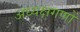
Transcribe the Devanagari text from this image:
अध्यक्षगणों